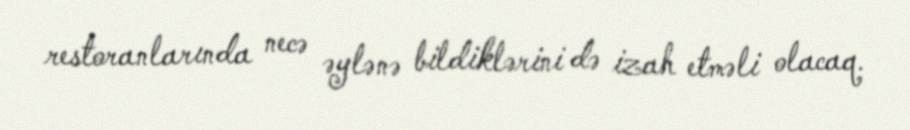
restoranlarında necə əylənə bildiklərini də izah etməli olacaq.